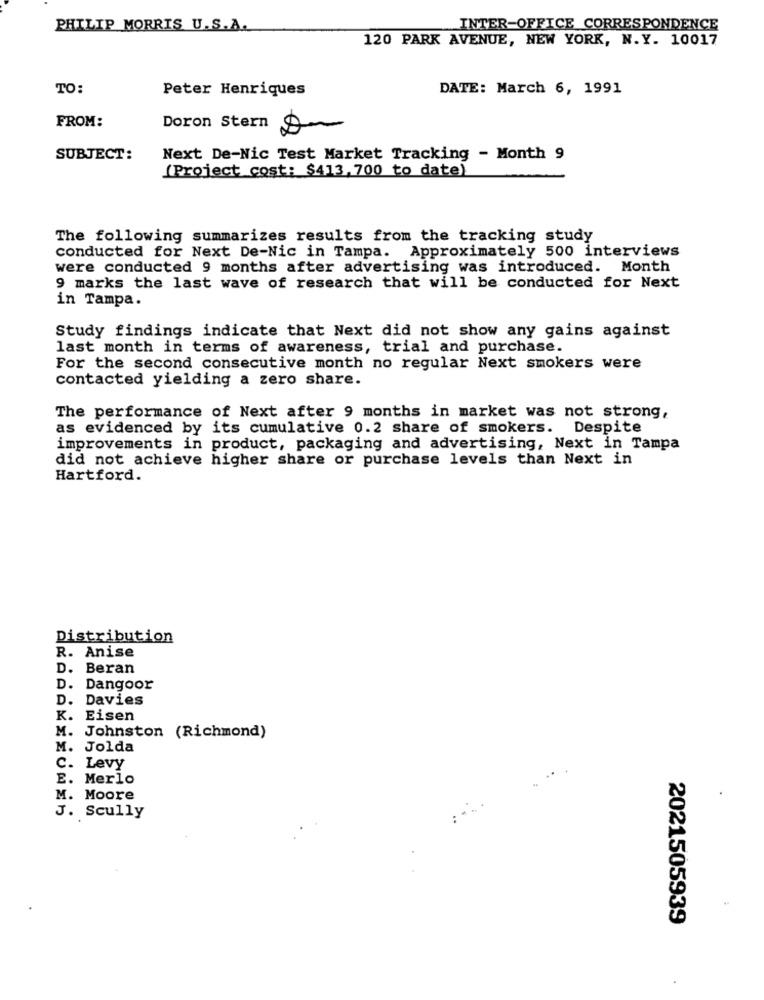
PHILIP MORRIS U.S.A.
_INTER-OFFICE CORRESPONDENCE
120 PARK AVENUE, NEW YORK, N.Y. 10017
TO:
Peter Henriques
DATE: March 6, 1991
FROM:
Doron Stern ou
SUBJECT:
Next De-Nic Test Market Tracking - Month 9
(Project cost: $413, 700 to date)
The following summarizes results from the tracking study
conducted for Next De-Nic in Tampa. Approximately 500 interviews
were conducted 9 months after advertising was introduced. Month
9 marks the last wave of research that will be conducted for Next
in Tampa.
Study findings indicate that Next did not show any gains against
last month in terms of awareness, trial and purchase.
For the second consecutive month no regular Next smokers were
contacted yielding a zero share.
The performance of Next after 9 months in market was not strong,
as evidenced by its cumulative 0.2 share of smokers. Despite
improvements in product, packaging and advertising, Next in Tampa
did not achieve higher share or purchase levels than Next in
Hartford.
Distribution
R. Anise
D. Beran
D. Dangoor
D. Davies
K. Eisen
M. Johnston (Richmond)
M. Jolda
C. Levy
E. Merlo
M. Moore
J. Scully
2021505939